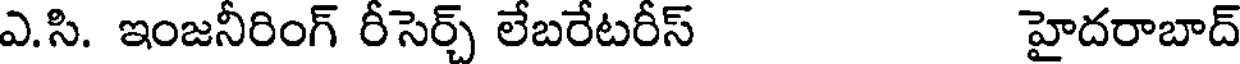
ఎ.సి. ఇంజనీరింగ్ రీసెర్చ్ లేబరేటరీస్ హైదరాబాద్